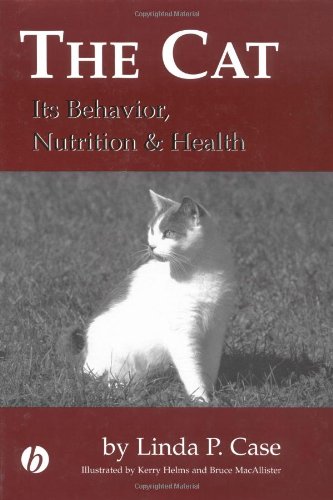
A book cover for The Cat: Its Behavior, Nutrition and Health; Linda P. Case; Crafts, Hobbies & Home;